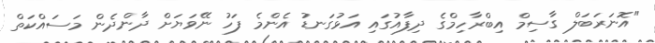
"އޮނަރަބަލް ގާސިމް އިބްރާހިމްގެ ދިފާއުގައި އަޅުގަނޑު އެންމެ ފަހު ނޭވަޔަށް ދާންދެން މަސައްކަތް